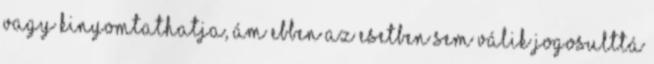
vagy kinyomtathatja, ám ebben az esetben sem válik jogosulttá